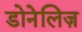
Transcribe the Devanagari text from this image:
डोनेलिज़